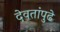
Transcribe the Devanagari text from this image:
देवतांपुढे